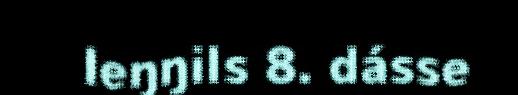
Ieŋŋils 8. dásse